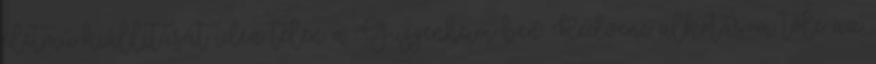
életmű-kiállítását idén télen a Guggenheim-ben. Kedvenc alkotásom tőle az